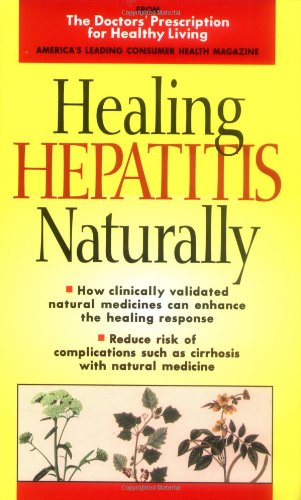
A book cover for Healing Hepatitis Naturally (Doctors' Prescription for Healthy Living); Health, Fitness & Dieting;